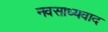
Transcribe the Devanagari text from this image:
नवसाध्यवाद